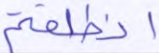
انطلقتم